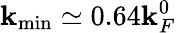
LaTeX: \mathbf{k}_{\mathrm{{min}}}\simeq0.64\mathbf{k}_{F}^{0}